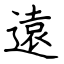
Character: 遠